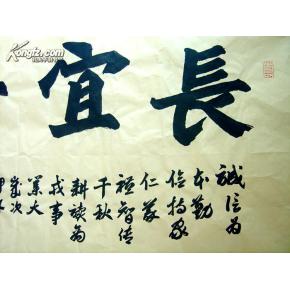
愚而好自用，贱而好自专。